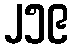
၂၅၉